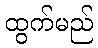
ထွက်မည်